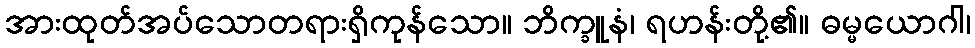
အားထုတ်အပ်သောတရားရှိကုန်သော။ ဘိက္ခူနံ၊ ရဟန်းတို့၏။ ဓမ္မယောဂါ၊